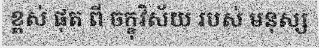
ខ្ពស់ ផុត ពី ចក្ខុវិស័យ របស់ មនុស្ស